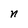
Character: n